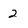
Character: 2